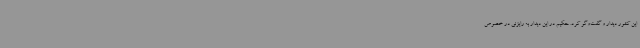
این کشور دیدار و گفت‌وگو کرد. حکیم در این دیدار به رایزنی در خصوص